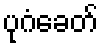
ပုဂံခေတ်